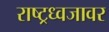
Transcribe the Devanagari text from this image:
राष्ट्रध्वजावर